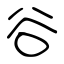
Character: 谷